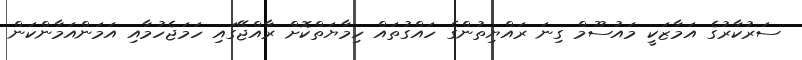
ސަރުކާރުގެ އަމާޒަކީ މައުސޫމް ގިނަ ރައްޔިތުންގެ ހައްގުތައް ހިމާޔަތްކޮށް ރާއްޖޭގައި ހަމަޖެހުމާއި އަމަންއަމާންކަން